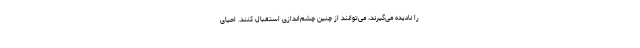
را نادیده می‌گیرند، می‌توانند از چنین چشم‌اندازی استقبال کنند. احیای